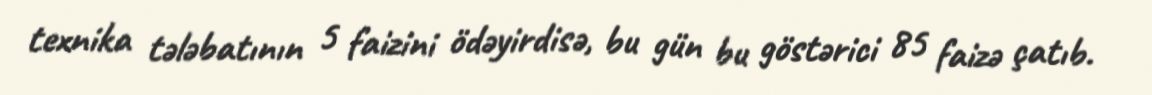
texnika tələbatının 5 faizini ödəyirdisə, bu gün bu göstərici 85 faizə çatıb.